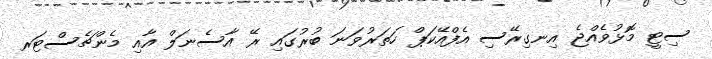
ސިޓީ މޮޅުވެއްޖެ އިނގިރޭސި އެފްއޭކަޕް ހަތަރުވަނަ ބުރުގައި ރޭ އާސެނަލް އާއި މެންޗެސްޓަރ